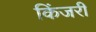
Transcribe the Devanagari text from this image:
किंजरी